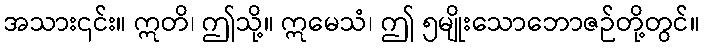
အသား၎င်း။ ဣတိ၊ ဤသို့။ ဣမေသံ၊ ဤ ၅မျိုးသောဘောဇဉ်တို့တွင်။